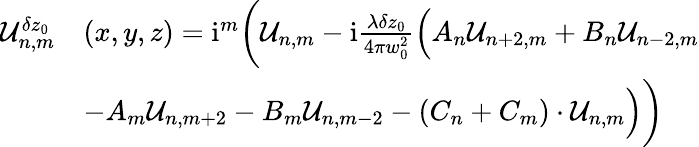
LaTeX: \begin{array}{rl}{\mathcal{U}_{n,m}^{\delta z_{0}}}&{(x,y,z)=\mathrm{i}^{m}\bigg(\mathcal{U}_{n,m}-\mathrm{i}\frac{\lambda\delta z_{0}}{4\pi w_{0}^{2}}\Big(A_{n}\mathcal{U}_{n+2,m}+B_{n}\mathcal{U}_{n-2,m}}\\ &{-A_{m}\mathcal{U}_{n,m+2}-B_{m}\mathcal{U}_{n,m-2}-(C_{n}+C_{m})\cdot\mathcal{U}_{n,m}\Big)\bigg)}\end{array}